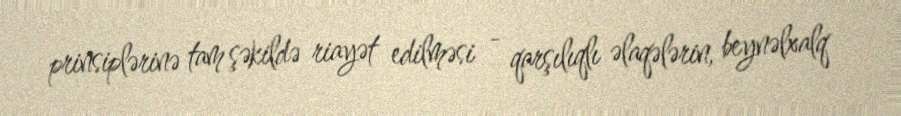
prinsiplərinə tam şəkildə riayət edilməsi - qarşılıqlı əlaqələrin, beynəlxalq